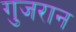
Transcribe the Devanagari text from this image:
गुजरान